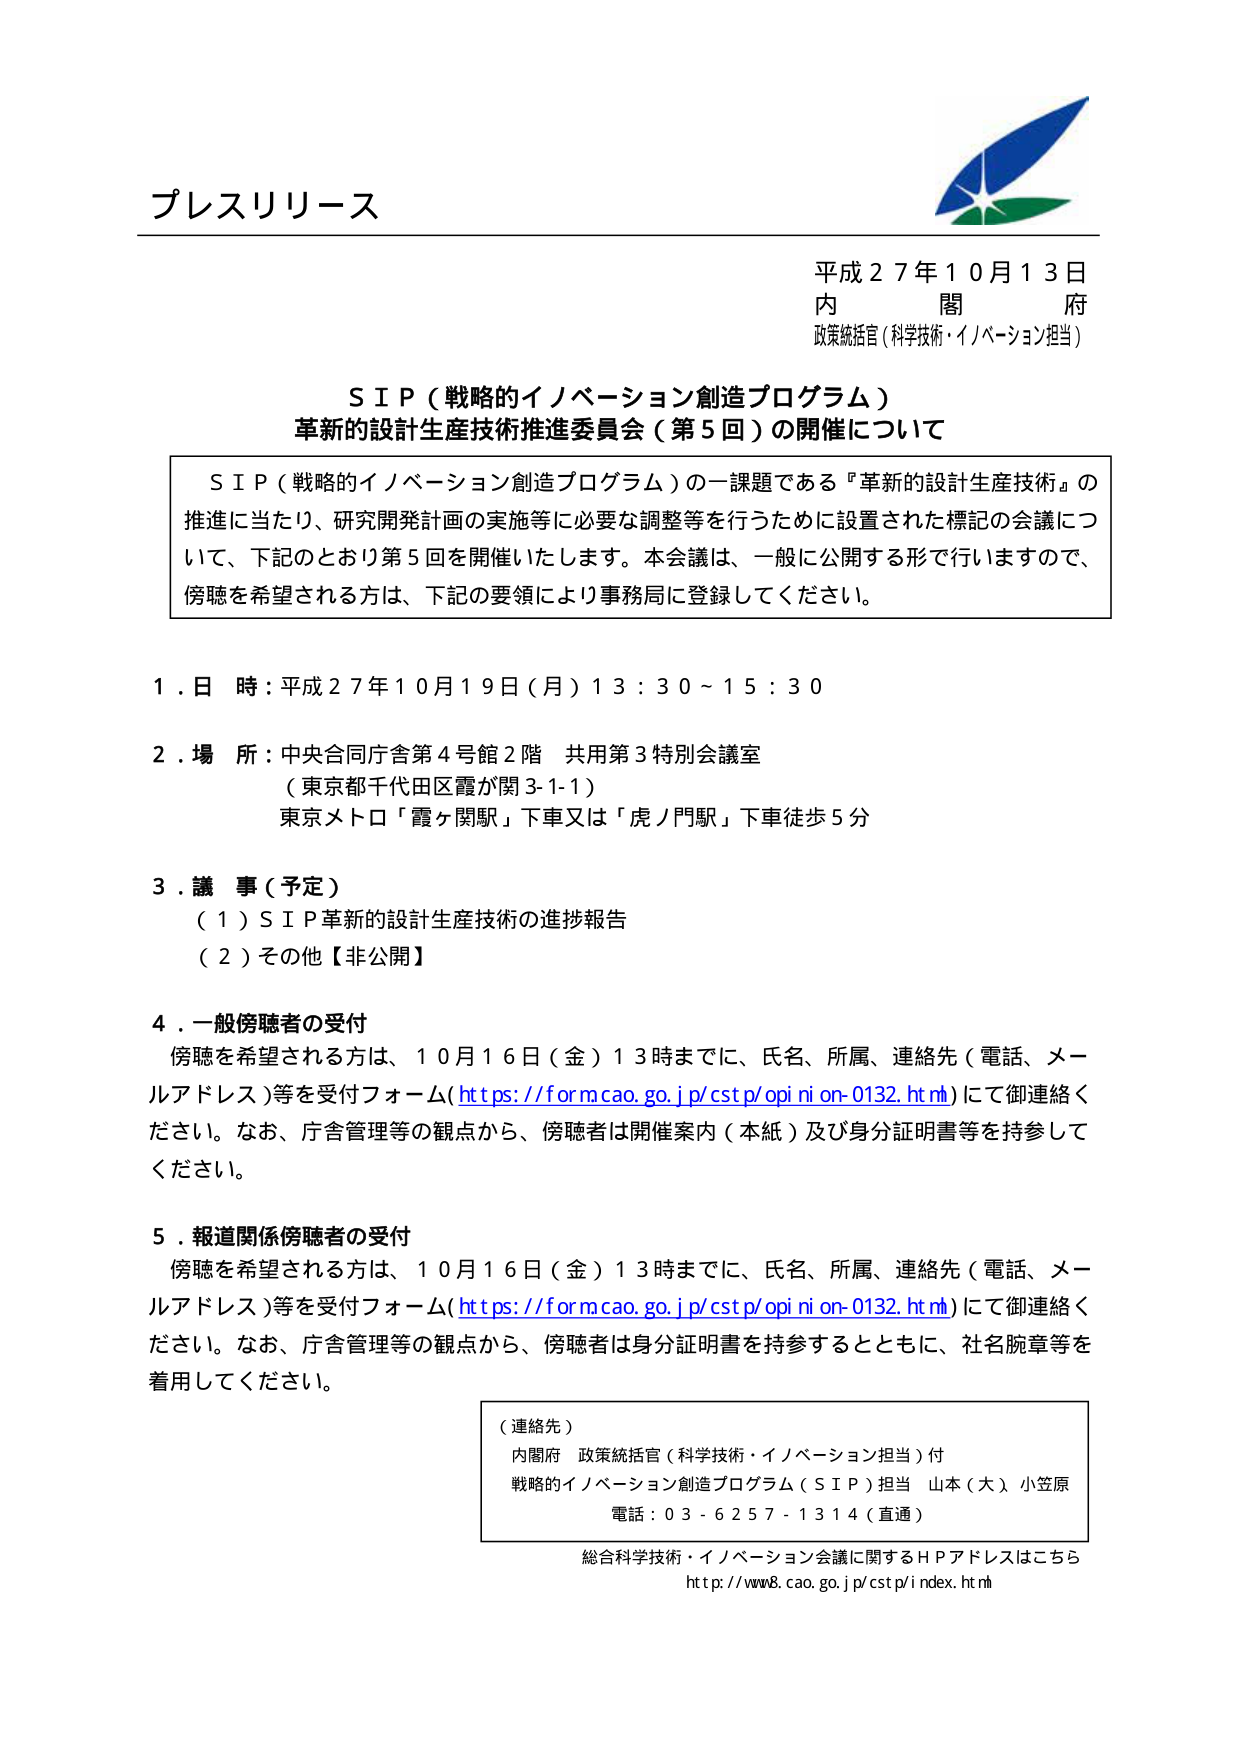
プレスリリース

平成２７年１０月１３日
内　　閣　　府
政策統括官（科学技術・イノベーション担当）

ＳＩＰ（戦略的イノベーション創造プログラム）
革新的設計生産技術推進委員会（第５回）の開催について

ＳＩＰ（戦略的イノベーション創造プログラム）の一課題である『革新的設計生産技術』の
推進に当たり、研究開発計画の実施等に必要な調整等を行うために設置された標記の会議につ
いて、下記のとおり第５回を開催いたします。本会議は、一般に公開する形で行いますので、
傍聴を希望される方は、下記の要領により事務局に登録してください。

１．日　時：平成２７年１０月１９日（月）１３：３０～１５：３０

２．場　所：中央合同庁舎第４号館２階　共用第３特別会議室
　　　　（東京都千代田区霞が関３-１-１）
　　　　東京メトロ「霞ヶ関駅」下車又は「虎ノ門駅」下車徒歩５分

３．議　事（予定）
　（１）ＳＩＰ革新的設計生産技術の進捗報告
　（２）その他【非公開】

４．一般傍聴者の受付
　傍聴を希望される方は、１０月１６日（金）１３時までに、氏名、所属、連絡先（電話、メールアドレス）等を受付フォーム（https://form.cao.go.jp/cstp/opinion-0132.html）にて御連絡ください。なお、庁舎管理等の観点から、傍聴者は開催案内（本紙）及び身分証明書等を持参してください。

５．報道関係傍聴者の受付
　傍聴を希望される方は、１０月１６日（金）１３時までに、氏名、所属、連絡先（電話、メールアドレス）等を受付フォーム（https://form.cao.go.jp/cstp/opinion-0132.html）にて御連絡ください。なお、庁舎管理等の観点から、傍聴者は身分証明書を持参するとともに、社名腕章等を着用してください。

（連絡先）
内閣府　政策統括官（科学技術・イノベーション担当）付
戦略的イノベーション創造プログラム（ＳＩＰ）担当　山本（大）小笠原
電話：０３－６２５７－１３１４（直通）

総合科学技術・イノベーション会議に関するＨＰアドレスはこちら
http://www8.cao.go.jp/cstp/index.html